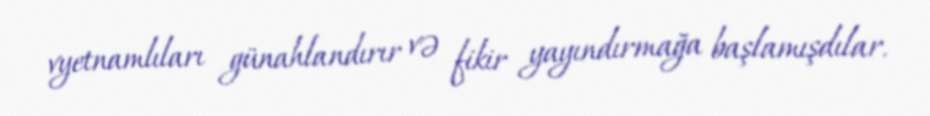
vyetnamlıları günahlandırır və fikir yayındırmağa başlamışdılar.